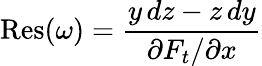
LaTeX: \operatorname{Res}(\omega)={\frac{y\, dz-z\, dy}{\partial F_{t}/\partial x}}